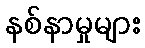
နစ်နာမှုများ